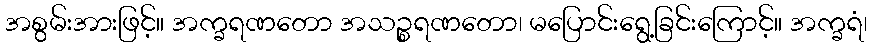
အစွမ်းအားဖြင့်။ အက္ခရဏတော အသဉ္စရဏတော၊ မပြောင်းရွေ့ခြင်းကြောင့်။ အက္ခရံ၊